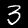
Label: 3